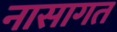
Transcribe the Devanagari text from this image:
नासागत